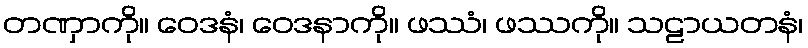
တဏှာကို။ ဝေဒနံ၊ ဝေဒနာကို။ ဖဿံ၊ ဖဿကို။ သဠာယတနံ၊